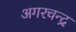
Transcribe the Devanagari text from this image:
अगरचन्द्र